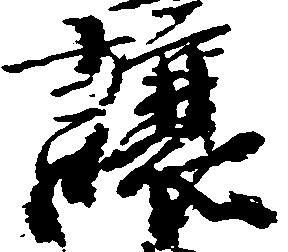
譲